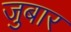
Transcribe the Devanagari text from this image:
जुबार